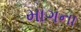
માગના